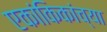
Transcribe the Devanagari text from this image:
एकांकिकांच्या